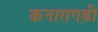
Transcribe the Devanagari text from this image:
कनारागढ़ी